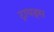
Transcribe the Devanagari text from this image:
ट्रायड्स